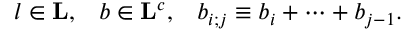
l \in { \bf L } , \; \; \; b \in { \bf L } ^ { c } , \; \; \; b _ { i ; j } \equiv b _ { i } + \cdots + b _ { j - 1 } .